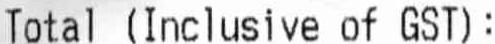
TOTAL (INCLUSIVE OF GST):